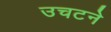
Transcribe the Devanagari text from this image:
उचटने